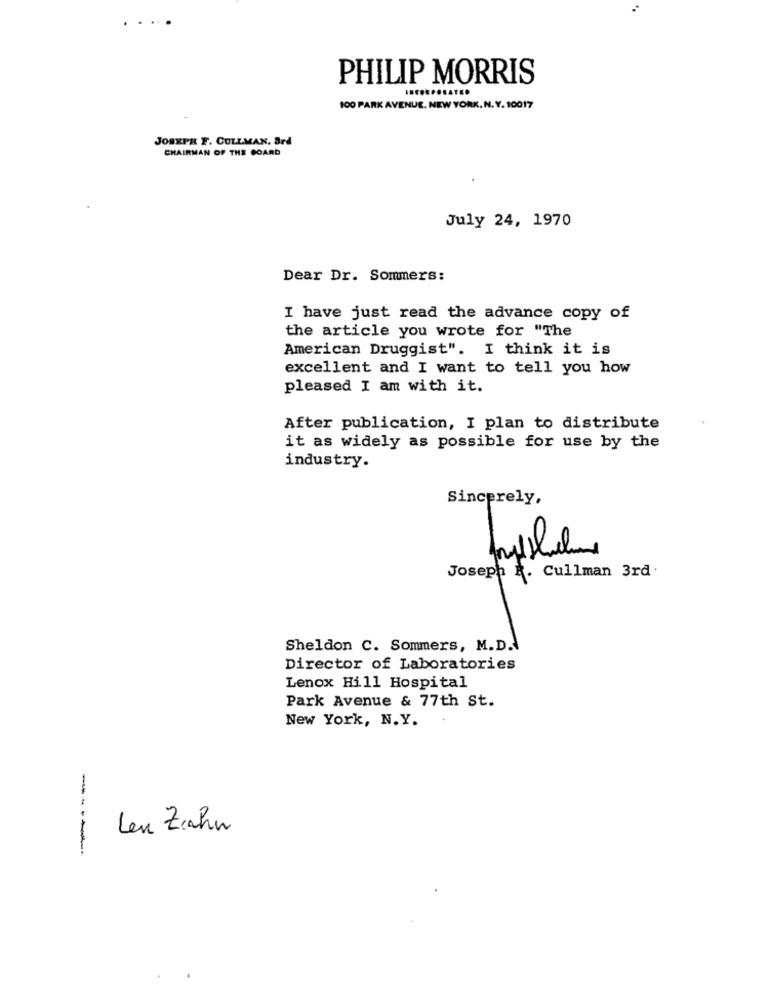
...
PHILIP MORRIS
100 PARK AVENUE, NEW YORK, N. Y. 10017
JOBEPR F. CULLMAN. Srd
CHAIRMAN OF THE BOARD
July 24, 1970
Dear Dr. Sommers:
I have just read the advance copy of
the article you wrote for "The
American Druggist". I think it is
excellent and I want to tell you how
pleased I am with it.
After publication, I plan to distribute
it as widely as possible for use by the
industry.
Sincerely,
Joseph R. Cullman 3rd
Sheldon C. Sommers, M.D.
Director of Laboratories
Lenox Hill Hospital
Park Avenue & 77th St.
New York, N.Y.
Len Zahn
-----